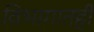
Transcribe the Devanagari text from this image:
विभागातही